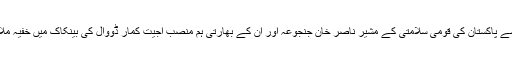
اس حوالے سے پاکستان کی قومی سلامتی کے مشیر ناصر خان جنجوعہ اور ان کے بھارتی ہم منصب اجیت کمار ڈووال کی بینکاک میں خفیہ ملاقات اہم ہے۔